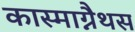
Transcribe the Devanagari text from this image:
कास्माग्नैथस